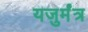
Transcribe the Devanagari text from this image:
यजुर्मंत्र